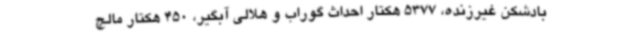
بادشکن غیرزنده، 5377 هکتار احداث گوراب و هلالی آبگیر، 450 هکتار مالچ